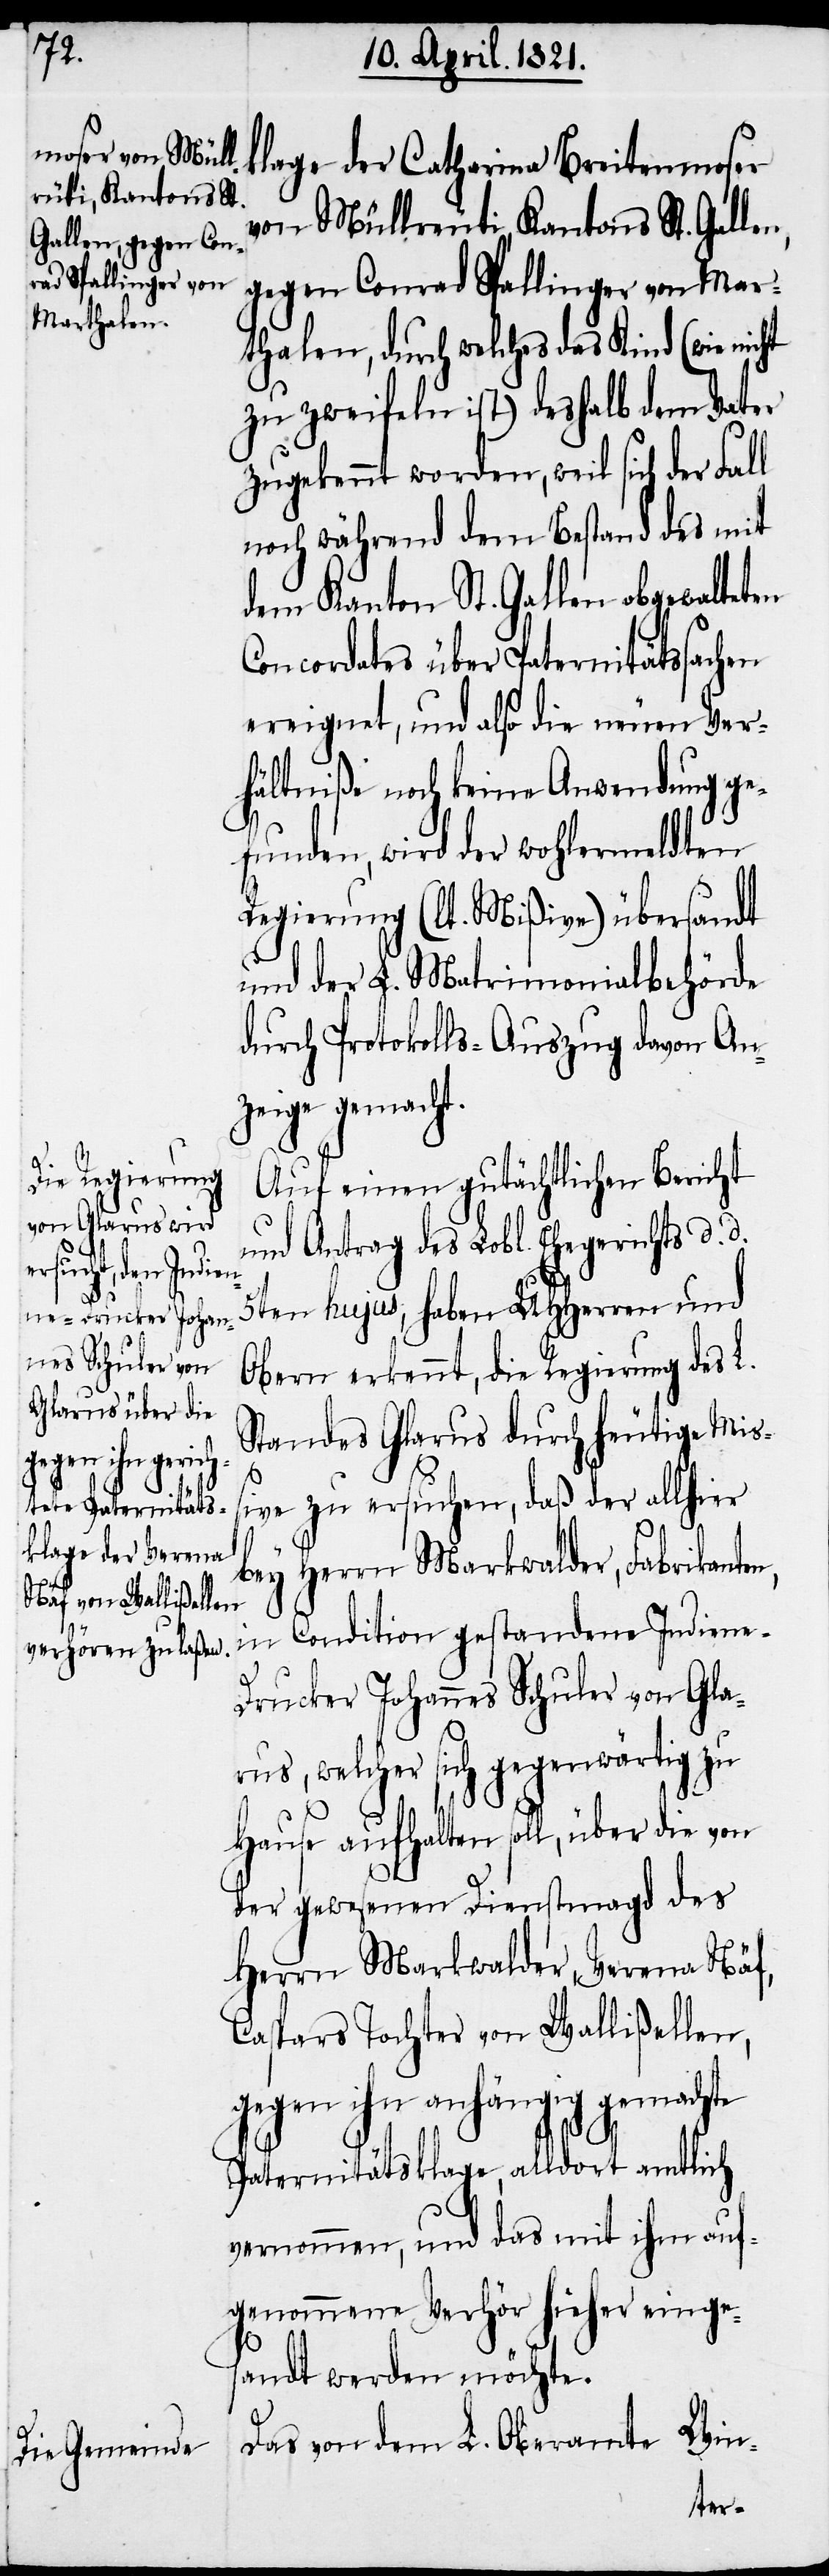
n,

klage der Catharina Breitenmoser
von Müllreuti Kantons St. Galle¬
gegen Conrad Spallinger von Mar¬
thalen, durch welches das Kind (wie nicht
zu zweifeln ist) deshalb dem Vater
zugekennt worden, weil sich der Fall
noch während dem Bestand des mit
dem Kanton St. Gallen obgewalteten
Concordats über Paternitätssachen
ereignet, und also die neuen Ver¬
hältniße noch keine Anwendung ge¬
funden, wird der wohlermeldten
Regierung (lt. Mißiven) übersandt
und der L. Matrimonialbehörde
durch Protokolls-Auszug davon An¬
zeige gemacht.
Auf einen gutächtlichen Bericht
und Antrag des Lobl. Ehegerichts d. d.
5ten hujus, haben UHHerren und
Obern erkennt, die Regierung des L.
Standes Glarus durch heutige Miß¬
ive zu ersuchen, daß der allhier
bey Herrn Markwalder, Fabrikante¬
in Condition gestandene Indiene-D¬
rucker Johannes Schuler von Gla¬
rus, welcher sich gegenwärtig zu
Hause aufhalten soll, über die von
der gewesenen Dienstmagd des
Herrn Markwalder, Verena Näf,
Caspars Tochter von Wallißellen,
gegen ihn anhängig gemachte
Paternitätsklage, alldort amtlich
vernommen, und das mit ihm auf¬
genommene Verhör hieher einge¬
sandt werden möchte.